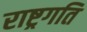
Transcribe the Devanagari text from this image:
राष्ट्रगति